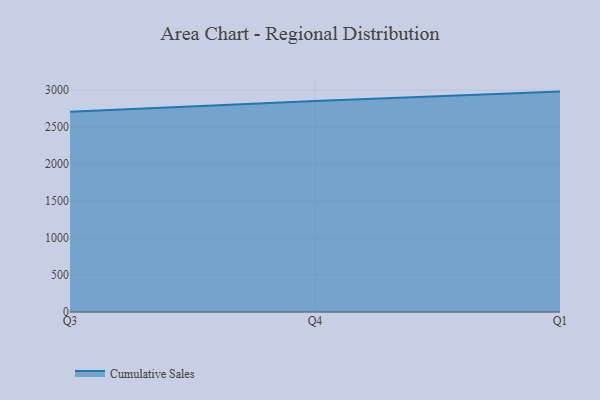
{"axis": {"x": "Quarter", "y": "Inventory Turnover"}, "legend": ["Cumulative Sales"], "data": [{"x": "Q3", "y": 2705.7, "type": "Cumulative Sales"}, {"x": "Q4", "y": 2851.8, "type": "Cumulative Sales"}, {"x": "Q1", "y": 2979.3, "type": "Cumulative Sales"}]}